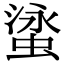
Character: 𬠘